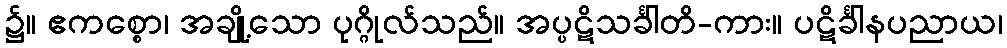
၌။ ဧကစ္စော၊ အချို့သော ပုဂ္ဂိုလ်သည်။ အပ္ပဋိသင်္ခါတိ-ကား။ ပဋိင်္ခါနပညာယ၊